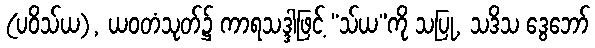
(ပဝိသ်ယ), ယဝတံသုတ်၌ ကာရသဒ္ဒါဖြင့် “သ်ယ”ကို သပြု, သဒိသ ဒွေဘော်